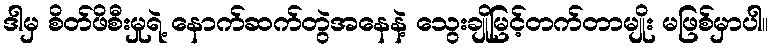
ဒါမှ စိတ်ဖိစီးမှုရဲ့ နောက်ဆက်တွဲအနေနဲ့ သွေးချိုမြင့်တက်တာမျိုး မဖြစ်မှာပါ။